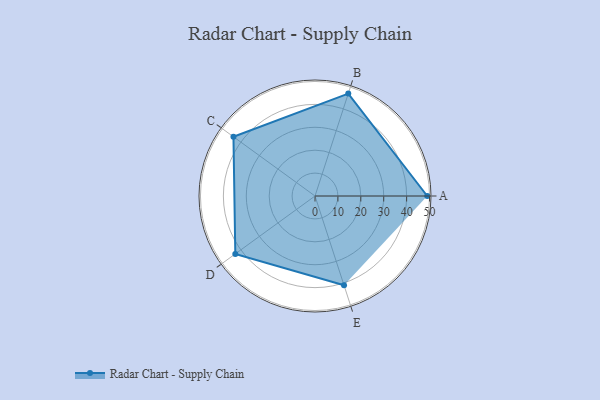
{"axis": {"x": "Skill", "y": "Score"}, "legend": ["Profile"], "data": [{"x": "A", "y": 49.0, "type": "Profile"}, {"x": "B", "y": 47.0, "type": "Profile"}, {"x": "C", "y": 44.0, "type": "Profile"}, {"x": "D", "y": 43.0, "type": "Profile"}, {"x": "E", "y": 41.0, "type": "Profile"}]}